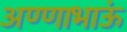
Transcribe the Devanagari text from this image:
अण्णाभाऊं